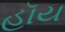
હૉય